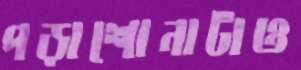
পড়াশোনাটাও